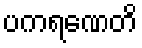
ပကရဏေတိ